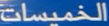
الخُميسات